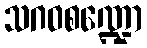
သဂဝစဏ္ဍော